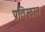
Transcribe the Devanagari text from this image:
प्रतिस्ठान